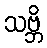
သဗ္ဘိ